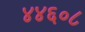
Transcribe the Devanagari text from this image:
४४६०८